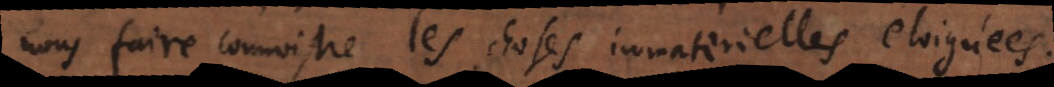
nous faire connoistre les choses immaterielles éloigné